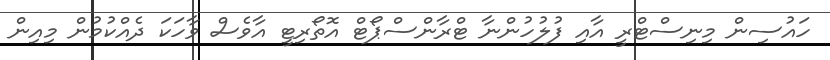
ހައުސިން މިނިސްޓްރީ އާއި ފުލުހުންނާ ޓްރާންސްޕޯޓް އޮތޯރިޓީ އާވެސް ވާހަކަ ދެއްކުމުން މިއިން